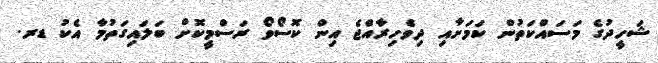
ޝަހީދުގެ މަސައްކަތުން ކަމަށާއި ދިވެހިރާއްޖެ އިން ކޮސޯވޯ ރަސްމީކޮށް ބަލައިގަތުމާ އެކު ޑރ.